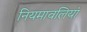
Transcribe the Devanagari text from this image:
नियमावलियां